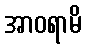
အာဝရာမိ